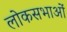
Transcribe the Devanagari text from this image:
लोकसभाओं